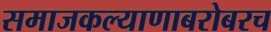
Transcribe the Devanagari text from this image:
समाजकल्याणाबरोबरच